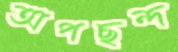
অপছন্দ